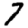
Digit: 7